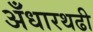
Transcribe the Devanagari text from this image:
अँधारथढी